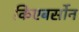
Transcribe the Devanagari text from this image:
किएबर्सोन